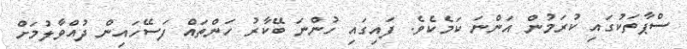
ސްޕާތަކުގައި ކުރަމުން އަންނަ ކަމެކެވެ. ފައިގައި ހުންނަ ބޭކާރު ހަންތައް ފަސޭހައިން ދުއްވާލުމަށް